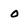
Character: 0